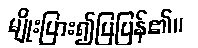
မျိုးပြား၍ပြပြန်၏။